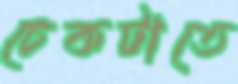
চেকটাতে